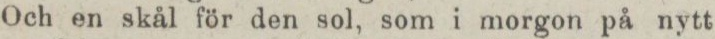
Och en skål för den sol, som i morgon på nytt